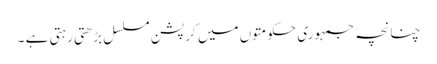
چنانچہ جمہوری حکومتوں میں کرپشن مسلسل بڑھتی رہتی ہے ۔